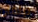
تيلمان